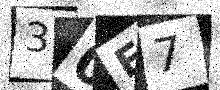
Text: 30E7